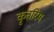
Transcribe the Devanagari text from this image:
कृतरिम